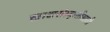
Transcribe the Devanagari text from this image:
खाद्यसंस्कृतीसाठी